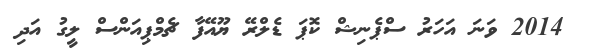
2014 ވަނަ އަހަރު ސްޕެނިޝް ކޮޕަ ޑެލްރޭ ޔޫއޭފާ ޗެމްޕިއަންސް ލީގު އަދި